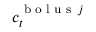
\boldsymbol { c } _ { t } ^ { \textup { b o l u s } \, j }